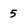
Character: 5